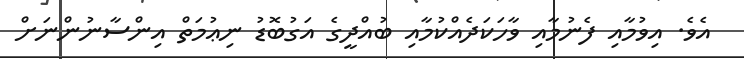
އެވެ. އިވުމާއި ފެނުމާއި ވާހަކަދެއްކުމާއި ބުއްދީގެ އަގުބޮޑު ނިޢުމަތް އިންސާނުންނަށް